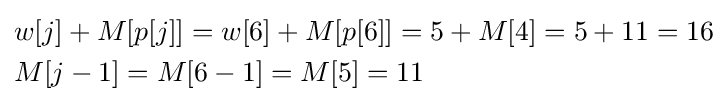
{\begin{aligned}&w[j]+M[p[j]]=w[6]+M[p[6]]=5+M[4]=5+11=16\\&M[j-1]=M[6-1]=M[5]=11\end{aligned}}